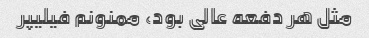
مثل هر دفعه عالی بود، ممنونم فیلیپر